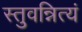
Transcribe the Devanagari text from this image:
स्तुवन्नित्यं